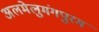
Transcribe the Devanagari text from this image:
अलमेलुमंगपुरम